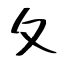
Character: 夂